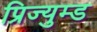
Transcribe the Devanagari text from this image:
प्रिज्युम्ड